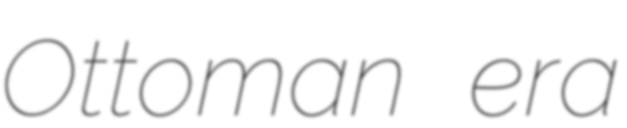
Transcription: Ottoman era